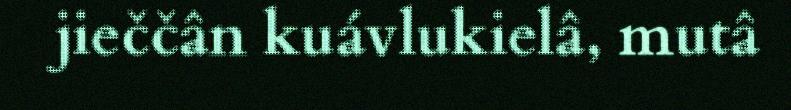
jieččân kuávlukielâ, mutâ